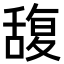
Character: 𮍼